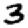
Digit: 3